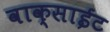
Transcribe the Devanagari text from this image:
वाक्साईट